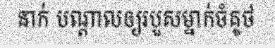
នាក់ បណ្តាលឲ្យរបួសម្នាក់ចំគូថ